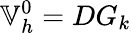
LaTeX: \mathbb{V}_{h}^{0}=DG_{k}